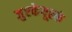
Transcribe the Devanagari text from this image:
जुष्टकेयूरकं